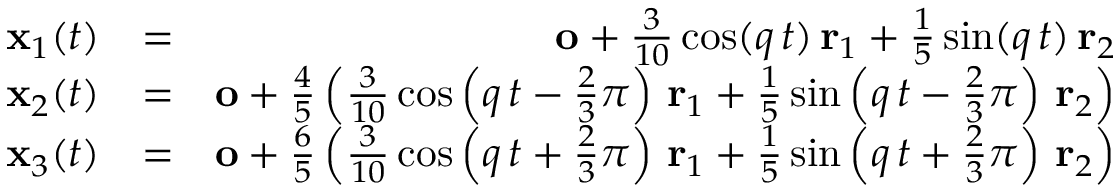
\begin{array} { r l r } { { \mathbf x } _ { 1 } ( t ) } & { = } & { { \mathbf o } + \frac { 3 } { 1 0 } \cos ( q \, t ) \, { \mathbf r } _ { 1 } + \frac { 1 } { 5 } \sin ( q \, t ) \, { \mathbf r } _ { 2 } } \\ { { \mathbf x } _ { 2 } ( t ) } & { = } & { { \mathbf o } + \frac { 4 } { 5 } \left( \frac { 3 } { 1 0 } \cos \left( q \, t - \frac { 2 } { 3 } \pi \right) \, { \mathbf r } _ { 1 } + \frac { 1 } { 5 } \sin \left( q \, t - \frac { 2 } { 3 } \pi \right) \, { \mathbf r } _ { 2 } \right) } \\ { { \mathbf x } _ { 3 } ( t ) } & { = } & { { \mathbf o } + \frac { 6 } { 5 } \left( \frac { 3 } { 1 0 } \cos \left( q \, t + \frac { 2 } { 3 } \pi \right) \, { \mathbf r } _ { 1 } + \frac { 1 } { 5 } \sin \left( q \, t + \frac { 2 } { 3 } \pi \right) \, { \mathbf r } _ { 2 } \right) } \end{array}